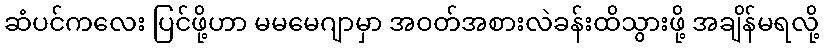
ဆံပင်ကလေး ပြင်ဖို့ဟာ မမမေဂျာမှာ အဝတ်အစားလဲခန်းထိသွားဖို့ အချိန်မရလို့